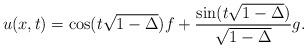
LaTeX: \begin{align*} u(x,t) = \cos(t\sqrt{1-\Delta}) f + \frac{\sin(t\sqrt{1-\Delta})}{\sqrt{1-\Delta}}g.\end{align*}